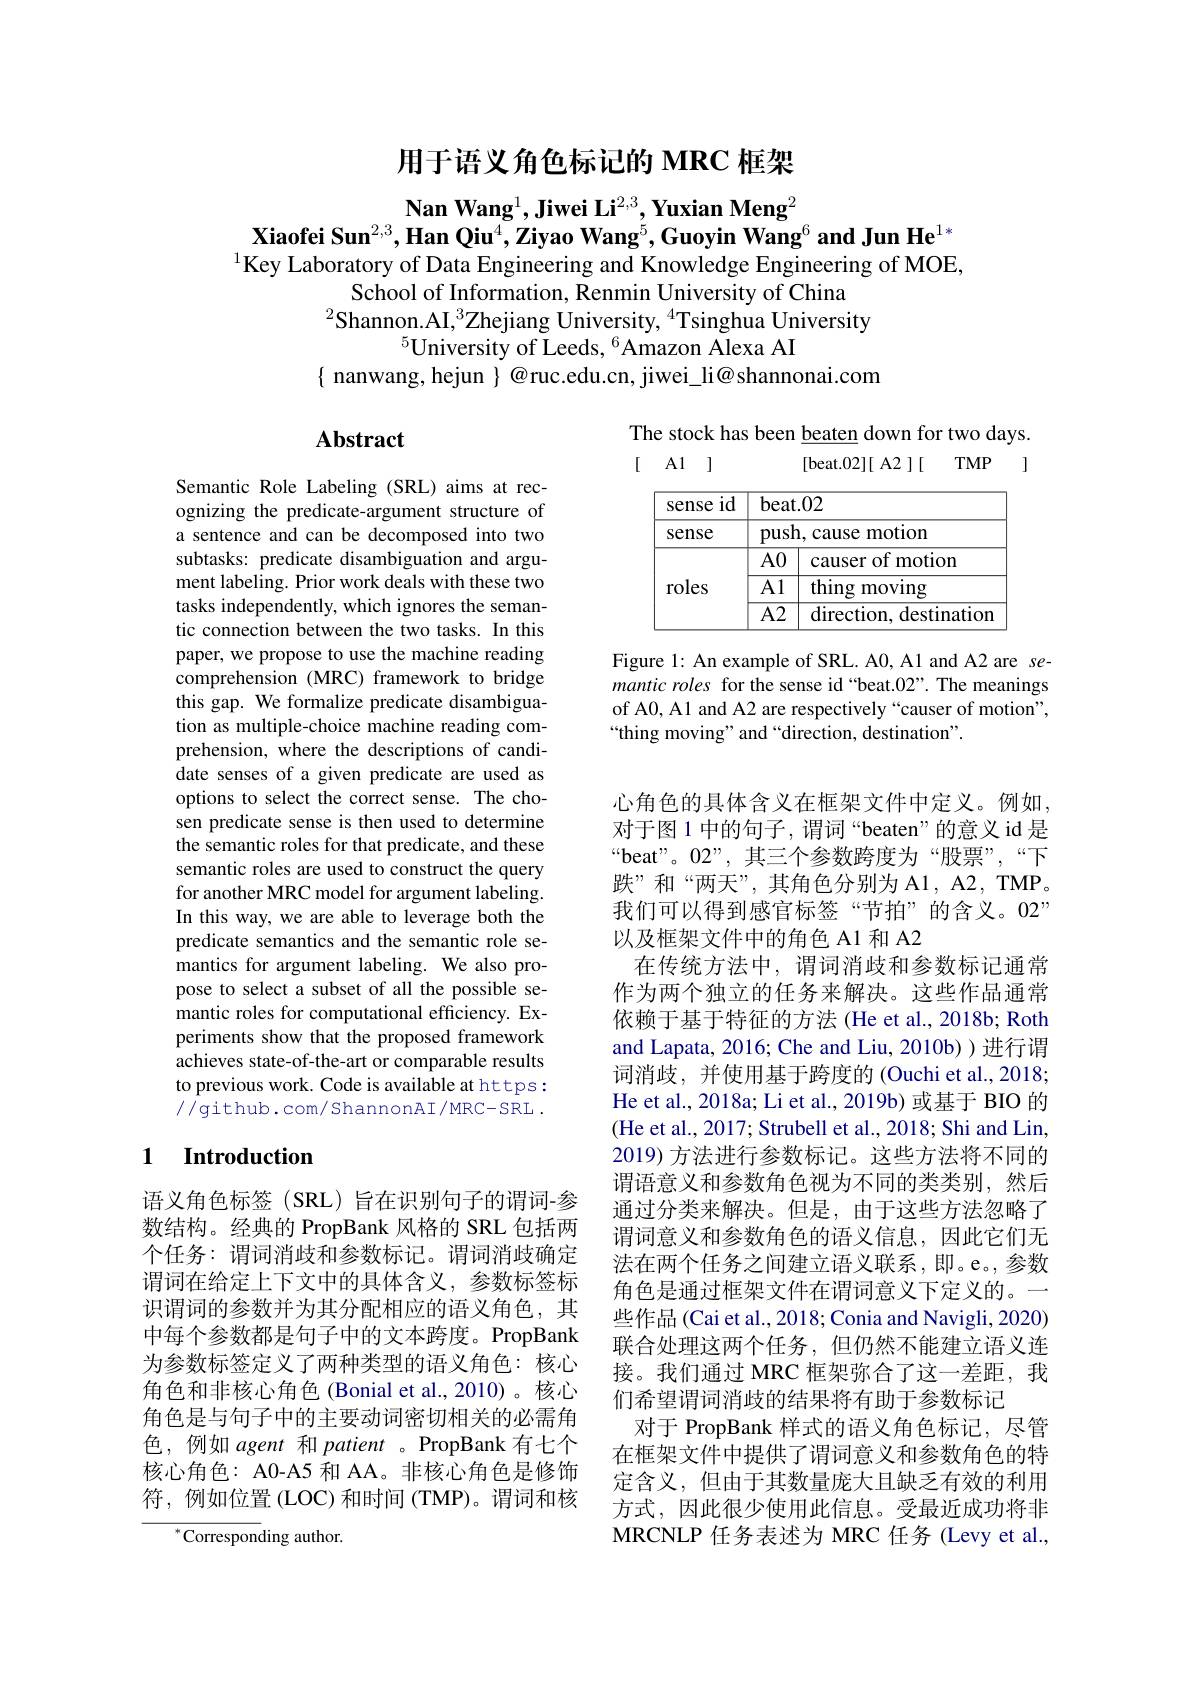
用于语义角色标记的 MRC 框架

Nan Wang$^1,\textbf{Jiwei Li}^{2,3},\textbf{Yuxian Meng}^2$
Xiaofei Sun$^{2,3},\textbf{Han Qiu}^{4},\textbf{Ziyao Wang}^{5},\text{Guoyin Wang}^{6}$ and Jun He$^1*$ $^{1}$Key Laboratory of Data Engineering and Knowledge Engineering of MOE,
School of Information, Renmin University of China
$^2$Shannon.AI,$^3$Zhejiang University, $^{4}$Tsinghua University
$^{5}$University of Leeds, $^6$Amazon Alexa AI
$\{$ nanwang, hejun $\}$ @ruc.edu.cn, jiwei\_li@shannonai.com

# Abstract

The stock has been beaten down for two days.
[ A1 ]
[beat.02][ A2 ][ TMP ]

<table>
	<tbody>
		<tr>
			<th>$id$ sense 1</th>
			<th>t.02</th>
		</tr>
		<tr>
			<td>sense</td>
			<td>cause motion</td>
		</tr>
		<tr>
			<td rowspan="3">roles</td>
			<td>causer of motion</td>
		</tr>
		<tr>
			<td>${\mathrm{thing~moving}}$</td>
		</tr>
		<tr>
			<td>direction, destination</td>
		</tr>
	</tbody>
</table>

Figure 1: An example of SRL. A0, A1 and A2 are semantic roles for the sense id “beat.02”. The meanings of A0, A1 and A2 are respectively “causer of motion", “thing moving” and “direction, destination".

Semantic Role Labeling (SRL) aims at recognizing the predicate-argument structure of a sentence and can be decomposed into two subtasks: predicate disambiguation and argument labeling. Prior work deals with these two tasks independently, which ignores the semantic connection between the two tasks. In this paper, we propose to use the machine reading comprehension (MRC) framework to bridge this gap. We formalize predicate disambiguation as multiple-choice machine reading comprehension, where the descriptions of candidate senses of a given predicate are used as options to select the correct sense. The chosen predicate sense is then used to determine the semantic roles for that predicate, and these semantic roles are used to construct the query for another MRC model for argument labeling. In this way, we are able to leverage both the predicate semantics and the semantic role semantics for argument labeling. We also propose to select a subset of all the possible semantic roles for computational efficiency. Experiments show that the proposed framework achieves state-of-the-art or comparable results to previous work. Code is available at https: //github.com/ShannonAI/MRC-SRL.

### 1 Introduction

心角色的具体含义在框架文件中定义。例如对于图 1 中的句子，谓词“beaten”的意义 id 是“beat”。02”,其三个参数跨度为“股票”,“下跌”和“两天”,其角色分别为 A1, A2, TMP。我们可以得到感官标签“节拍”的含义。02” 以及框架文件中的角色 A1 和 A2
在传统方法中，谓词消歧和参数标记通常作为两个独立的任务来解决。这些作品通常依赖于基于特征的方法(He et al., 2018b; Roth and Lapata, 2016; Che and Liu, 2010b) ) 进行谓词消歧，并使用基于跨度的 (Ouchi et al., 2018; He et al., 2018a; Li et al., 2019b) 或基于 BIO 的(He et al., 2017; Strubell et al., 2018; Shi and Lin, 2019) 方法进行参数标记。这些方法将不同的谓语意义和参数角色视为不同的类类别，然后通过分类来解决。但是，由于这些方法忽略了谓词意义和参数角色的语义信息，因此它们无法在两个任务之间建立语义联系，即。e。,参数角色是通过框架文件在谓词意义下定义的。一些作品 (Cai et al., 2018; Conia and Navigli, 2020) 联合处理这两个任务，但仍然不能建立语义连接。我们通过 MRC 框架弥合了这一差距，我们希望谓词消歧的结果将有助于参数标记
对于 PropBank 样式的语义角色标记，尽管在框架文件中提供了谓词意义和参数角色的特定含义，但由于其数量庞大且缺乏有效的利用方式，因此很少使用此信息。受最近成功将非MRCNLP 任务表述为 MRC 任务 (Levy et al.,

语义角色标签(SRL)旨在识别句子的谓词-参数结构。经典的 PropBank 风格的 SRL 包括两个任务：谓词消歧和参数标记。谓词消歧确定谓词在给定上下文中的具体含义，参数标签标识谓词的参数并为其分配相应的语义角色，其中每个参数都是句子中的文本跨度。PropBank 为参数标签定义了两种类型的语义角色：核心角色和非核心角色(Bonial et al.,2010)。核心角色是与句子中的主要动词密切相关的必需角色，例如 agent 和 patient 。PropBank 有七个核心角色：A0-A5 和 AA。非核心角色是修饰符，例如位置(LOC)和时间(TMP)。谓词和核

$^{*}$Corresponding author.